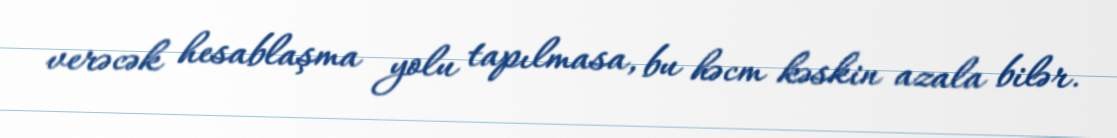
verəcək hesablaşma yolu tapılmasa, bu həcm kəskin azala bilər.